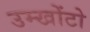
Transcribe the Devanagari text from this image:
उम्खोंटो